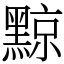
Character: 黥